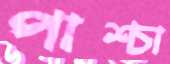
পাশ্চা